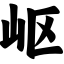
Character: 岖